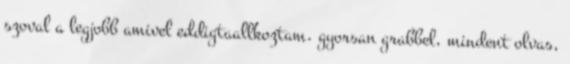
szoval a legjobb amivel eddigtaallkoztam. gyorsan grabbel, mindent olvas,